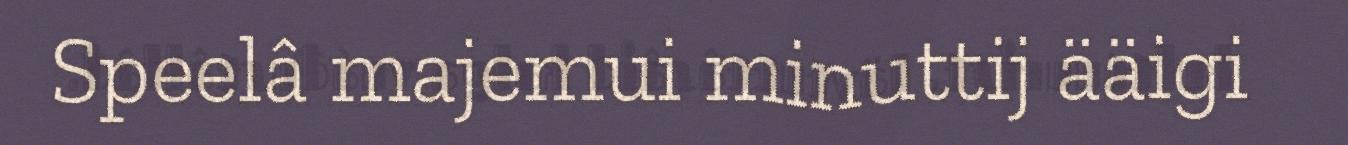
Speelâ majemui minuttij ääigi